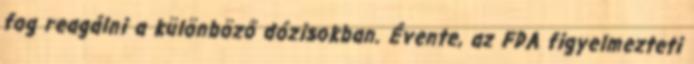
fog reagálni a különböző dózisokban. Évente, az FDA figyelmezteti